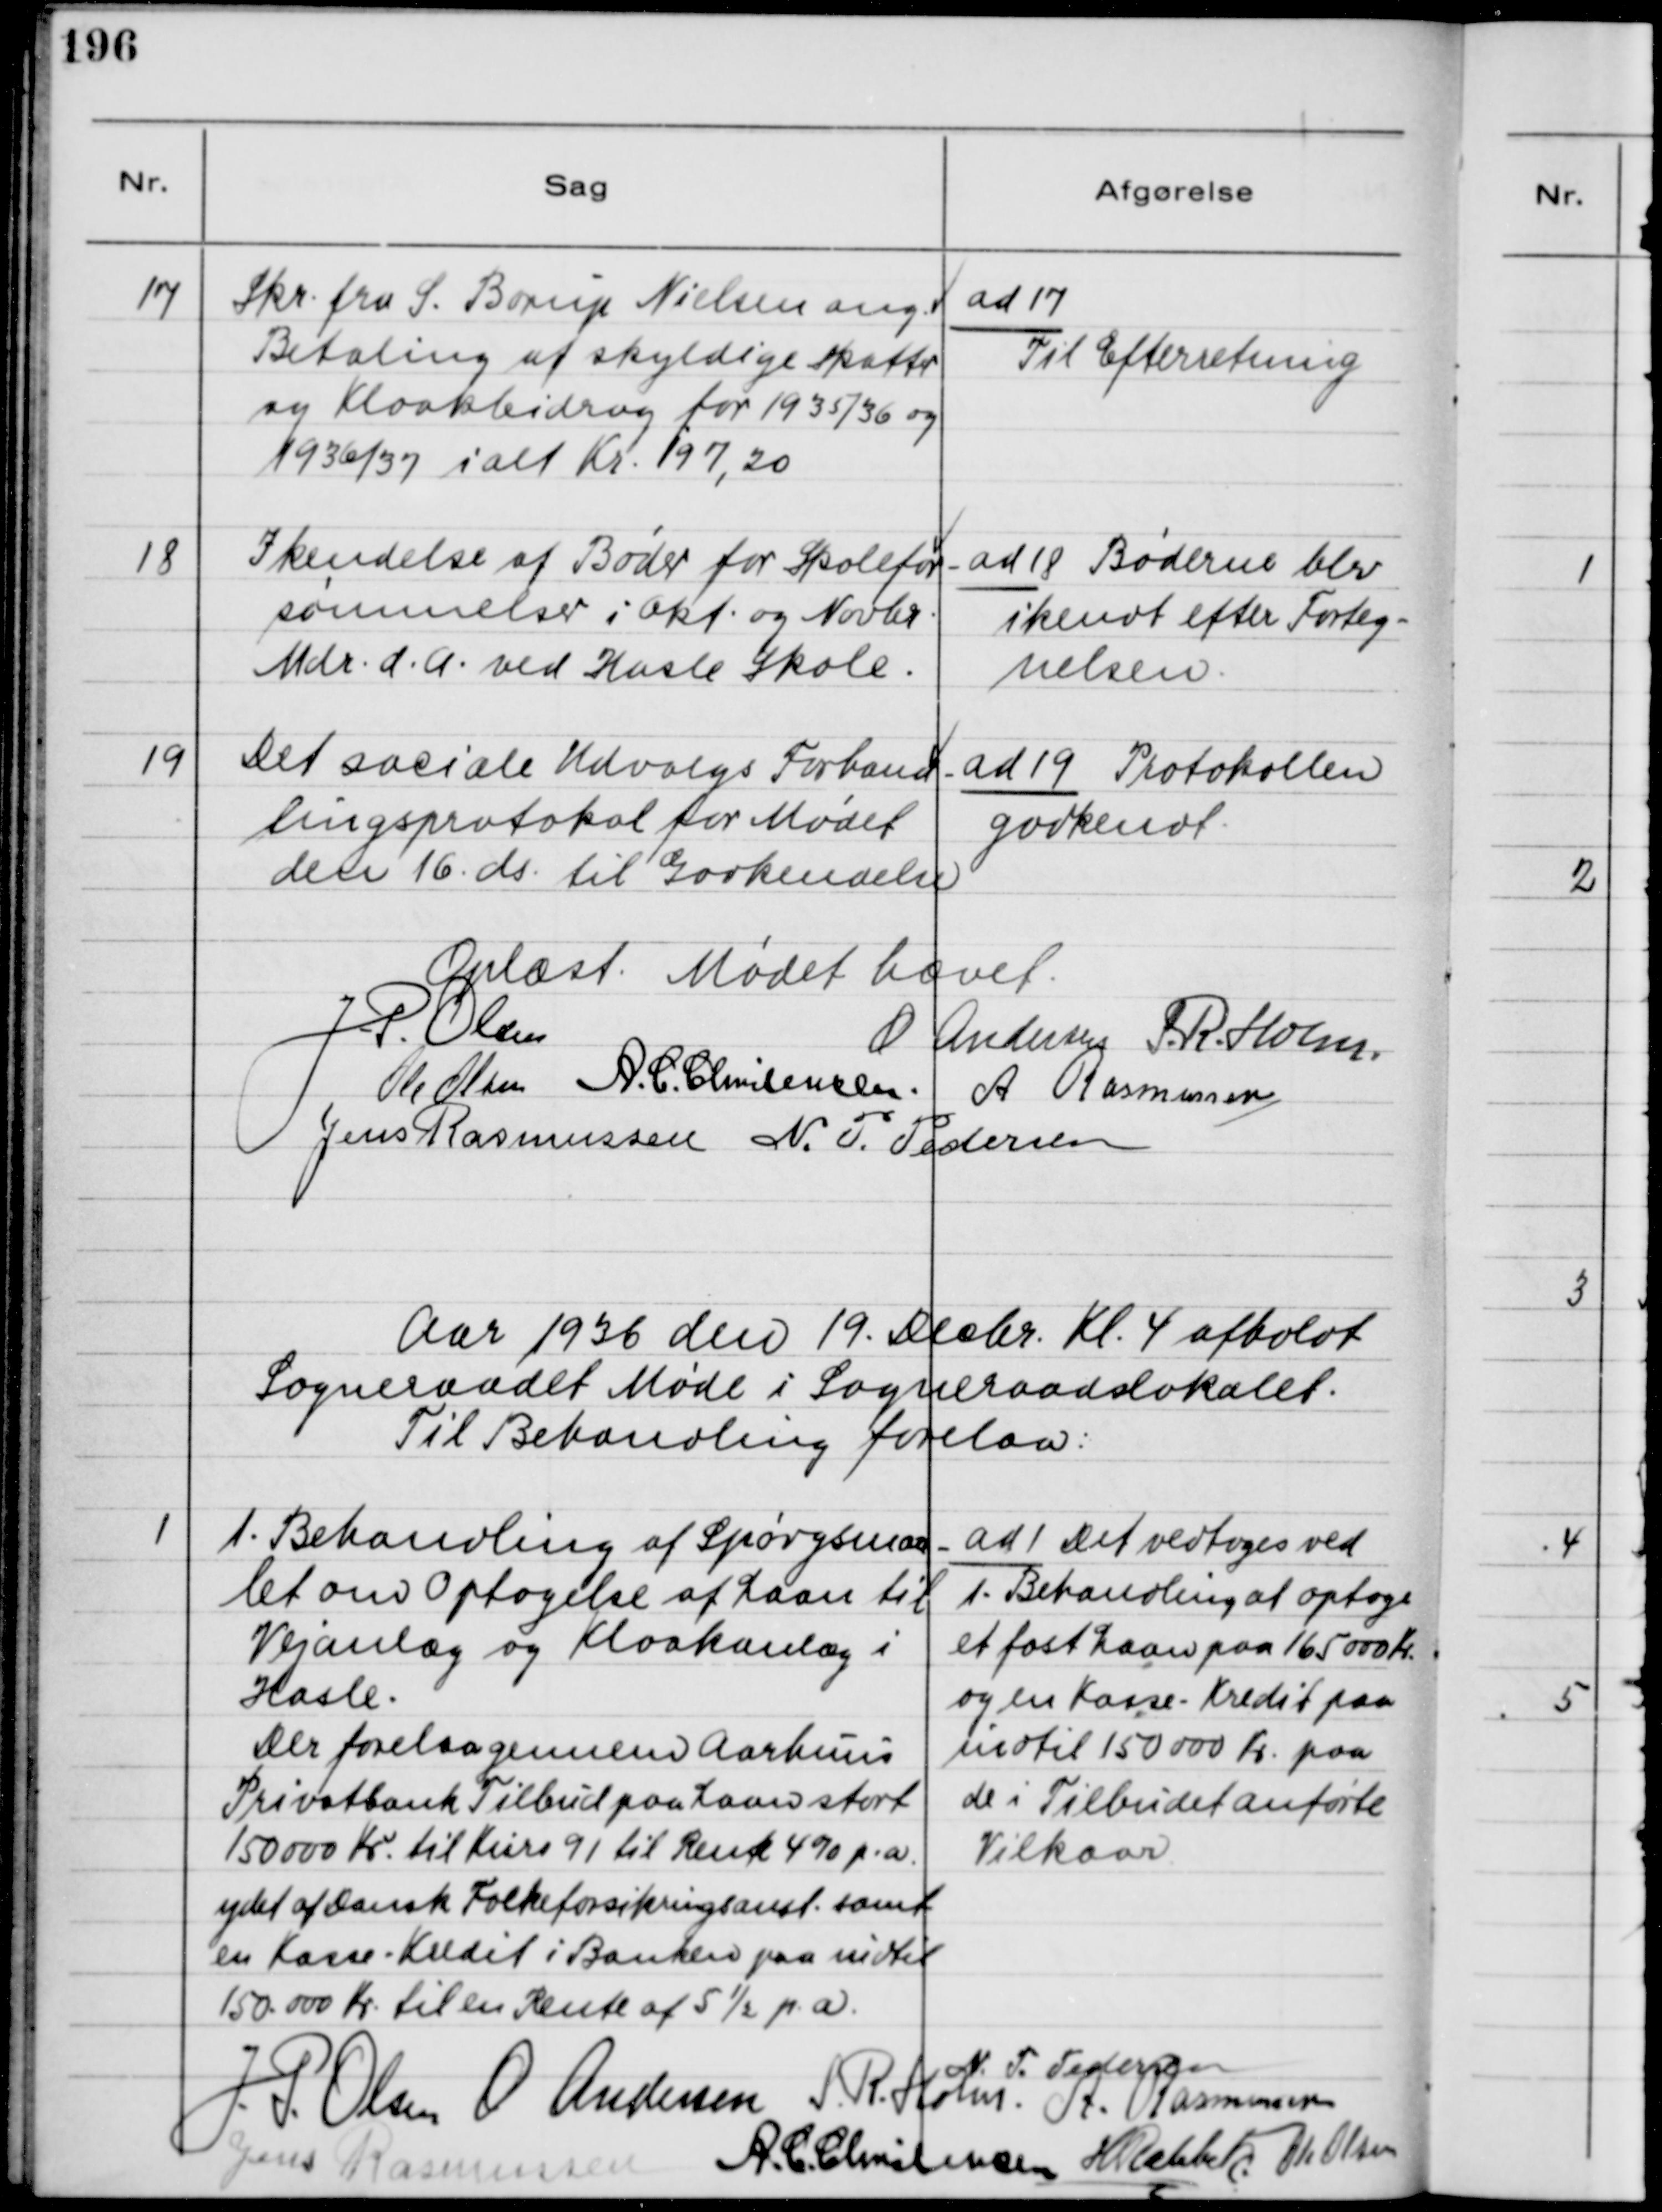
Transskription:
17
Skr. fra S. Borup Nielsen ang.
Betaling af skyldige Skatter
og Kloakbidrag for 1935/36 og
1936/37 ialt Kr. 197,20
ad 17
Til Efterretning
18
Ikendelse af Bøder for Skolefor-
sømmelser i Okt. og Novbr.
Mdr. d.A. ved Hasle Skole.
ad 18 Bøderne blev
ikendt efter Forteg-
nelsen.
19
Det sociale Udvalgs Forhand-
lingsprotokol for Mødet
den 16. ds. til Godkendelse
ad 19 Protokollen
godkendt.
Oplæst. Mødet hævet.
J.P. Olsen
O Andersen
S.R. Holm
Ole Olsen
A.C. Christensen
A. Rasmussen
Jens Rasmussen
N.P, Pedersen
Aar 1936 den 19. Decbr. Kl. 4 afholdt
Sogneraadet Møde i Sogneraadslokalet.
Til Behandling forelaa:
1
1. Behandling af Spørgsmaa-
let om Optagelse af Laan til
Vejanlæg og Kloakanlæg i
Hasle.
Der forelaa gennem Aarhuus
Privatbank Tilbud paa Laan stort
150000 Kr. til Kurs 91 til Rente 4% p.a.
ydet af Dansk Folkeforsikringsanst. samt
en Kasse-Kredit i Banken paa indtil
150.000 Kr. til en Rente af 5½ p.a.
ad 1 Det vedtoges ved
1. Behandling at optage
et fast Laan paa 165000 Kr
og en Kasse-Kredit paa
indtil 150000 Kr paa
de i Tilbudet anførte
Vilkaar
N.P. Pedersen
J.P. Olsen
O Andersen
S.R. Holm
A. Rasmussen
Jens Rasmussen
A.C. Christensen
H Rahbek
Ole Olsen